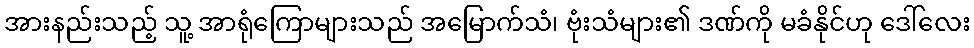
အားနည်းသည့် သူ့ အာရုံကြောများသည် အမြောက်သံ၊ ဗုံးသံများ၏ ဒဏ်ကို မခံနိုင်ဟု ဒေါ်လေး